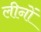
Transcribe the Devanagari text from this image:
लीनों